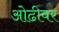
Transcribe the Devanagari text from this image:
ओढीवर